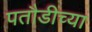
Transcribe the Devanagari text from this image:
पतौडीच्या